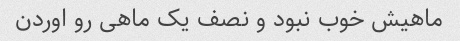
ماهیش خوب نبود و نصف یک ماهی رو اوردن